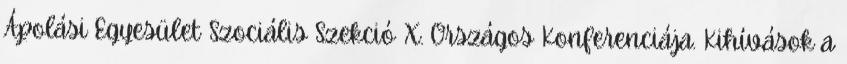
Ápolási Egyesület Szociális Szekció X. Országos Konferenciája. Kihívások a